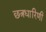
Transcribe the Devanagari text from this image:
छत्रधारिणी